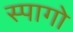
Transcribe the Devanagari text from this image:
स्पागो